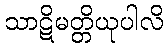
သာဋိမတ္တိယုပါလိ